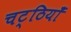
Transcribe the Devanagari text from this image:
चट्ठियाँ